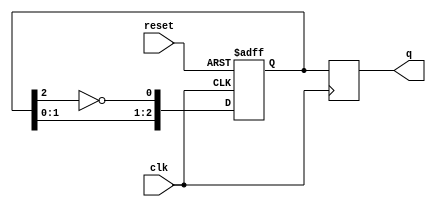
module ring_johnson_counter #(
    parameter N = 3  // Number of bits in the Johnson counter
)(
    input wire clk,         // Clock input
    input wire reset,       // Asynchronous reset input
    output reg [N-1:0] q    // Counter output
);

// Internal register to hold the state of the counter
reg [N-1:0] state;

always @(posedge clk or posedge reset) begin
    if (reset) begin
        // Asynchronous reset to zero
        state <= {N{1'b0}};
    end else begin
        // Johnson counter logic
        state <= {state[N-2:0], ~state[N-1]};
    end
end

// Assign the state to the output
always @(posedge clk) begin
    q <= state;
end

endmodule